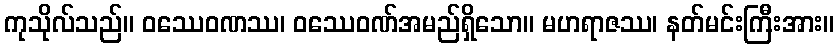
ကုသိုလ်သည်။ ဝဿေဝဏဿ၊ ဝဿေဝဏ်အမည်ရှိသော။ မဟရာဇဿ၊ နတ်မင်းကြီးအား။